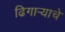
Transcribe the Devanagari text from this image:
ढिगार्‍याचे